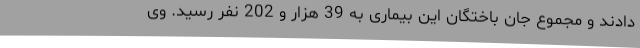
دادند و مجموع جان باختگان این بیماری به 39 هزار و 202 نفر رسید. وی